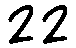
22